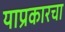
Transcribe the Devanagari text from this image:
याप्रकारचा